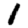
Digit: 1